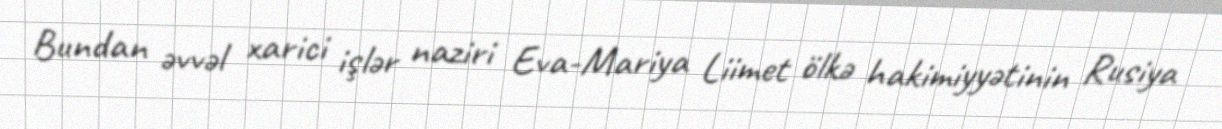
Bundan əvvəl xarici işlər naziri Eva-Mariya Liimet ölkə hakimiyyətinin Rusiya